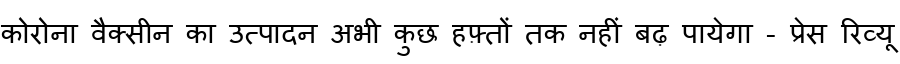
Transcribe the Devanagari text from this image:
कोरोना वैक्सीन का उत्पादन अभी कुछ हफ़्तों तक नहीं बढ़ पायेगा - प्रेस रिव्यू